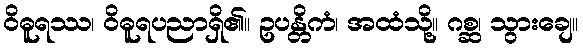
ဝိဓူရဿ၊ ဝိဓူရပညာရှိ၏။ ဥပန္တိကံ၊ အထံသို့။ ဂစ္ဆ၊ သွားချေ။